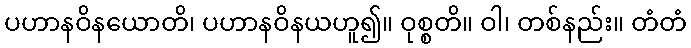
ပဟာနဝိနယောတိ၊ ပဟာနဝိနယဟူ၍။ ဝုစ္စတိ။ ဝါ၊ တစ်နည်း။ တံတံ